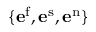
\{ \mathbf { e } ^ { \mathrm { { f } } } , \mathbf { e } ^ { \mathrm { { s } } } , \mathbf { e } ^ { \mathrm { { n } } } \}